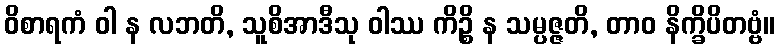
ဝိစာရကံ ဝါ န လဘတိ, သူစိအာဒီသု ဝါဿ ကိဉ္စိ န သမ္ပဇ္ဇတိ, တာဝ နိက္ခိပိတဗ္ဗံ။